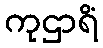
ကုဌာရိံ